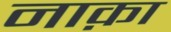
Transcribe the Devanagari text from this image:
नाक़ा